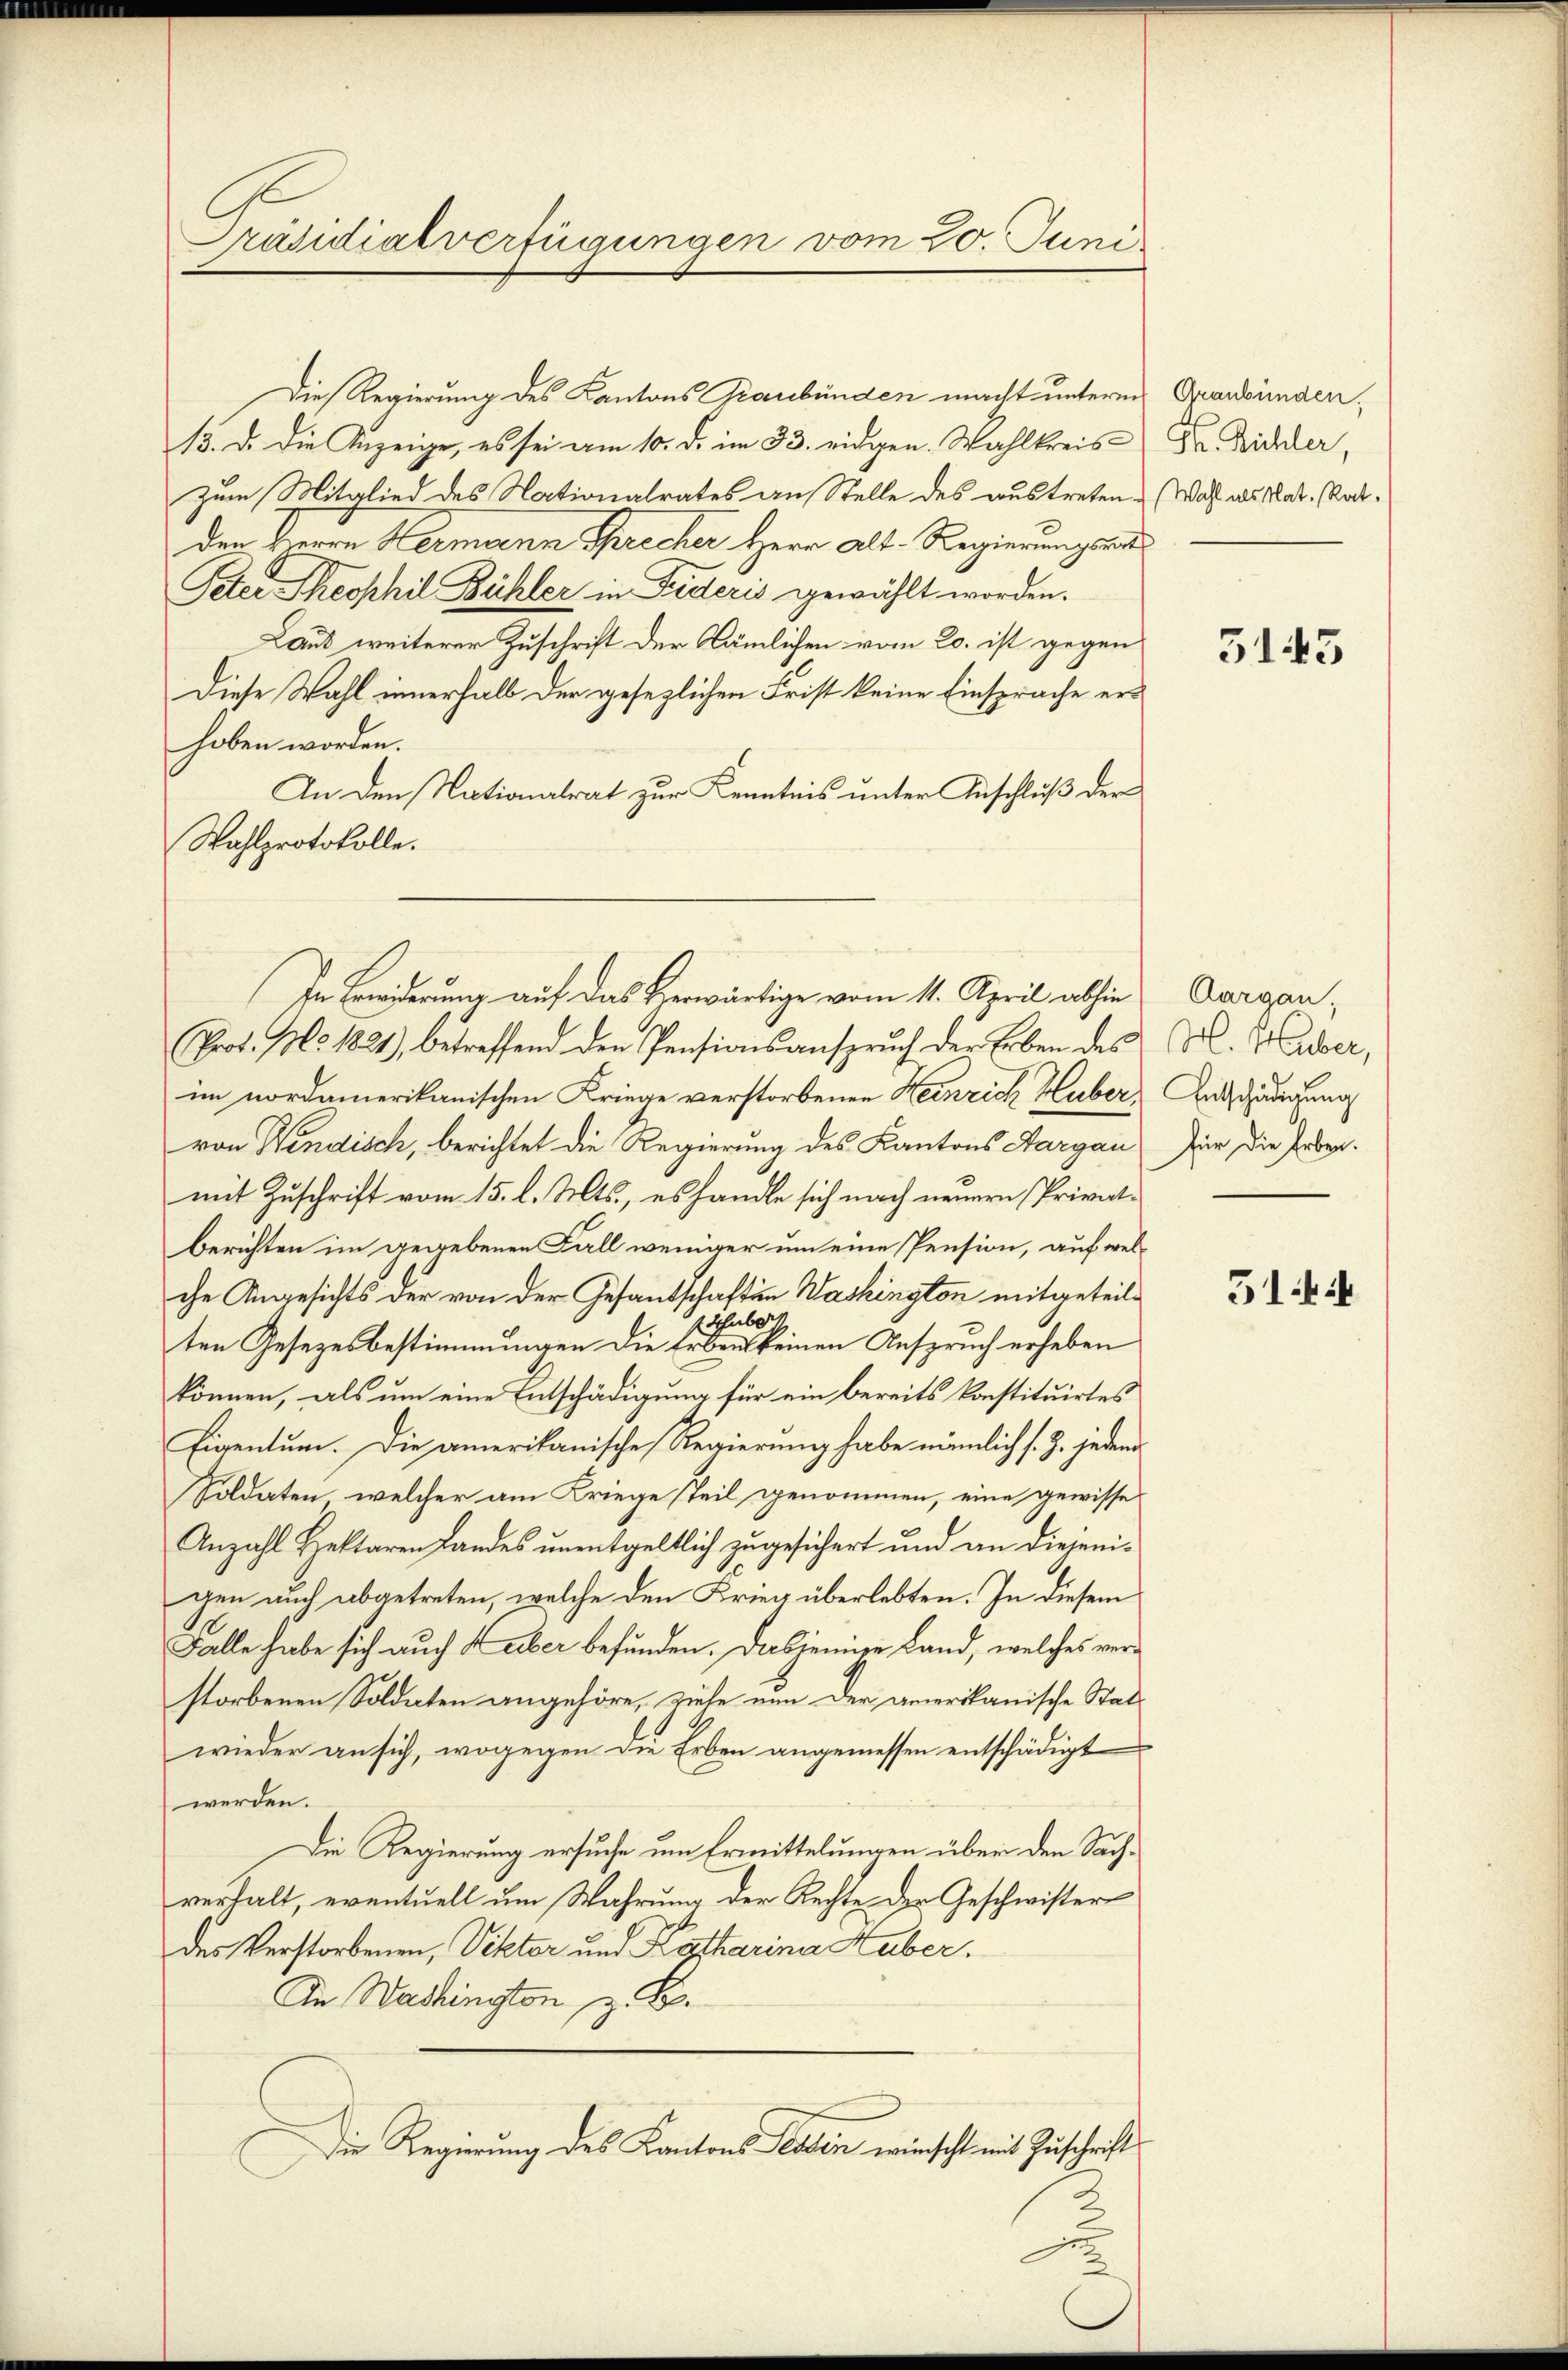
Präsidialverfügungen vom 20. Juni

den Treuen Hermann Sprecher Herr Alt-Regierungsun
Peter Theophil Bühler in Fideris gewählt worden.
Laut weiterer Zuschrift der Nämlichen vom 20. ist gegen
Diese Wahl innerhalb der gesezlichen Frist keine Einsprache erhoben worden.
In den Nationalrat zur Kenntnis unter Anschluß der
Wahlprotokolle.
Prof. No. 1821), betreffend den Pensionsanspruch der Erben des
im nordamerikanischen Kriege verstorbenen Heinrich Huber
von Windisch, berichtet die Regierung des Kantons Aargau
mit Zuschrift vom 15. l. Mts., es handle sich nach neuern Privat
berichten im gegebenen Fall weniger um eine Pension, auf we
che Angesichts der von der Gesantschaften Washington mitgeteil
lhuber
ten Gesetzesbestimmungen die Erbent keinen Anspruch erheben
können, als um eine Entschädigung für ein bereits konstituirtes
Eigentum. Die amerikanische Regierung habe nämlich s. Z. jeden
soldaten, welcher am Kriege Teil genommen, eine gewisse
Anzahl Beklaren Landes unentgeltlich zugesichert und an diejenigen auch abgetreten, welche den Krieg überlebten. In diesem
Falle habe sich auch aber befunden. Dasjenige Land, welches verstorbenen Soldaten angehöre, ziele nun der amerikanische Stat
wieder an sich, wogegen die Erben angemessen entschädigt
werden.
Die Regierung ersuche um Ermittelungen über den Sach
verhalt, eventuell um Wahrung der Rechte der Geschwister
des Verstorbenen, Viktor und Katharina Huber.
An Washington, z. B.
Die Regierung des Kantons Paten einscht mit Zuschrift

Die Regierung des Kantons Graubünden macht unterm
13. d. die Anzeige, es sei am 10. d. im 33. eidgen. Wahlkreiszum Mitglied des Nationalrates an Stelle des austreten¬

In Beiderung auf das Herwärtige vom 11. April abhin Aargau,

Graubünden.
Gr. Richler,
Wahl als Nat. Rat.
¬

3145

M. Huber,
)Entschädigung
für die Erben.

5144